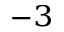
^ { - 3 }